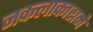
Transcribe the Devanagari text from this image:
नकलाकाराने